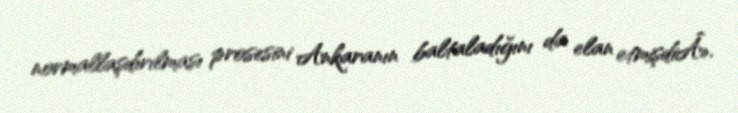
normallaşdırılması prosesini Ankaranın baltaladığını da elan etmişdiÂ».